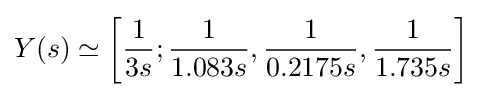
Y(s)\simeq \left[{1 \over 3s};{1 \over 1.083s},{1 \over 0.2175s},{1 \over 1.735s}\right]